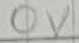
Text: 0V